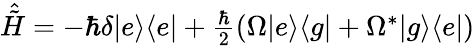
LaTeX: \begin{array}{r}{\hat{\tilde{H}}=-\hbar\delta\vert e\rangle\langle e\vert+\frac{\hbar}{2}(\Omega\vert e\rangle\langle g\vert+\Omega^{*}\vert g\rangle\langle e\vert)}\end{array}